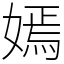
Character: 嫣